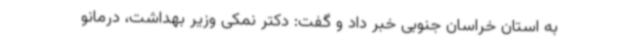
به استان خراسان جنوبی خبر داد و گفت: دکتر نمکی وزیر بهداشت، درمانو